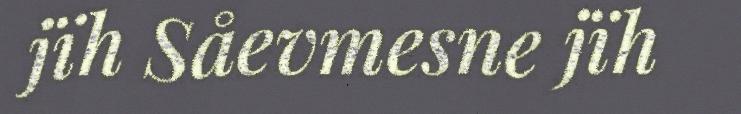
jïh Såevmesne jïh